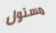
مسئول